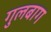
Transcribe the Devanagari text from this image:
गुलबाग